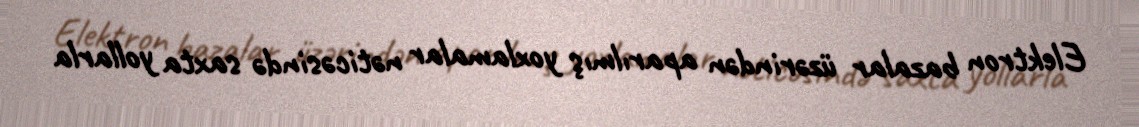
Elektron bazalar üzərindən aparılmış yoxlamalar nəticəsində saxta yollarla